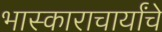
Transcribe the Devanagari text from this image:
भास्काराचार्यांचे